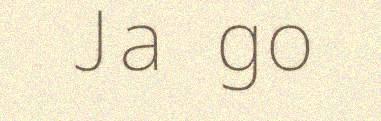
Ja go